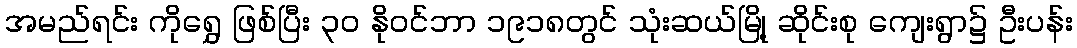
အမည်ရင်း ကိုရွှေ ဖြစ်ပြီး ၃၀ နိုဝင်ဘာ ၁၉၁၈တွင် သုံးဆယ်မြို့ ဆိုင်းစု ကျေးရွာ၌ ဦးပန်း